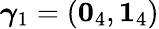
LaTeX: \boldsymbol{\gamma}_{1}=(\boldsymbol{0}_{4},\boldsymbol{1}_{4})